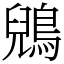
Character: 鶂